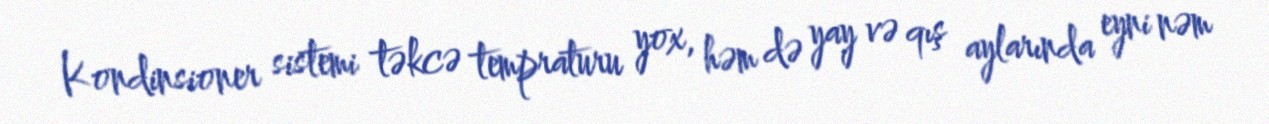
Kondinsioner sistemi təkcə tempraturu yox, həm də yay və qış aylarında eyni nəm